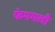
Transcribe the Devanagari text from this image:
फेममली